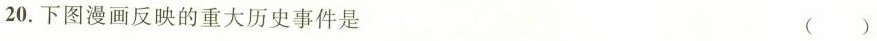
20.下图漫画反映的重大历史事件是 ( )